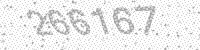
Solution: 266167